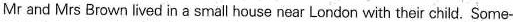
Mr and Mrs Brown lived in a small house near London with their child. Some-